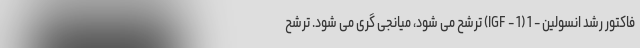
فاکتور رشد انسولین - 1 (IGF - 1) ترشح می شود، میانجی گری می شود. ترشح